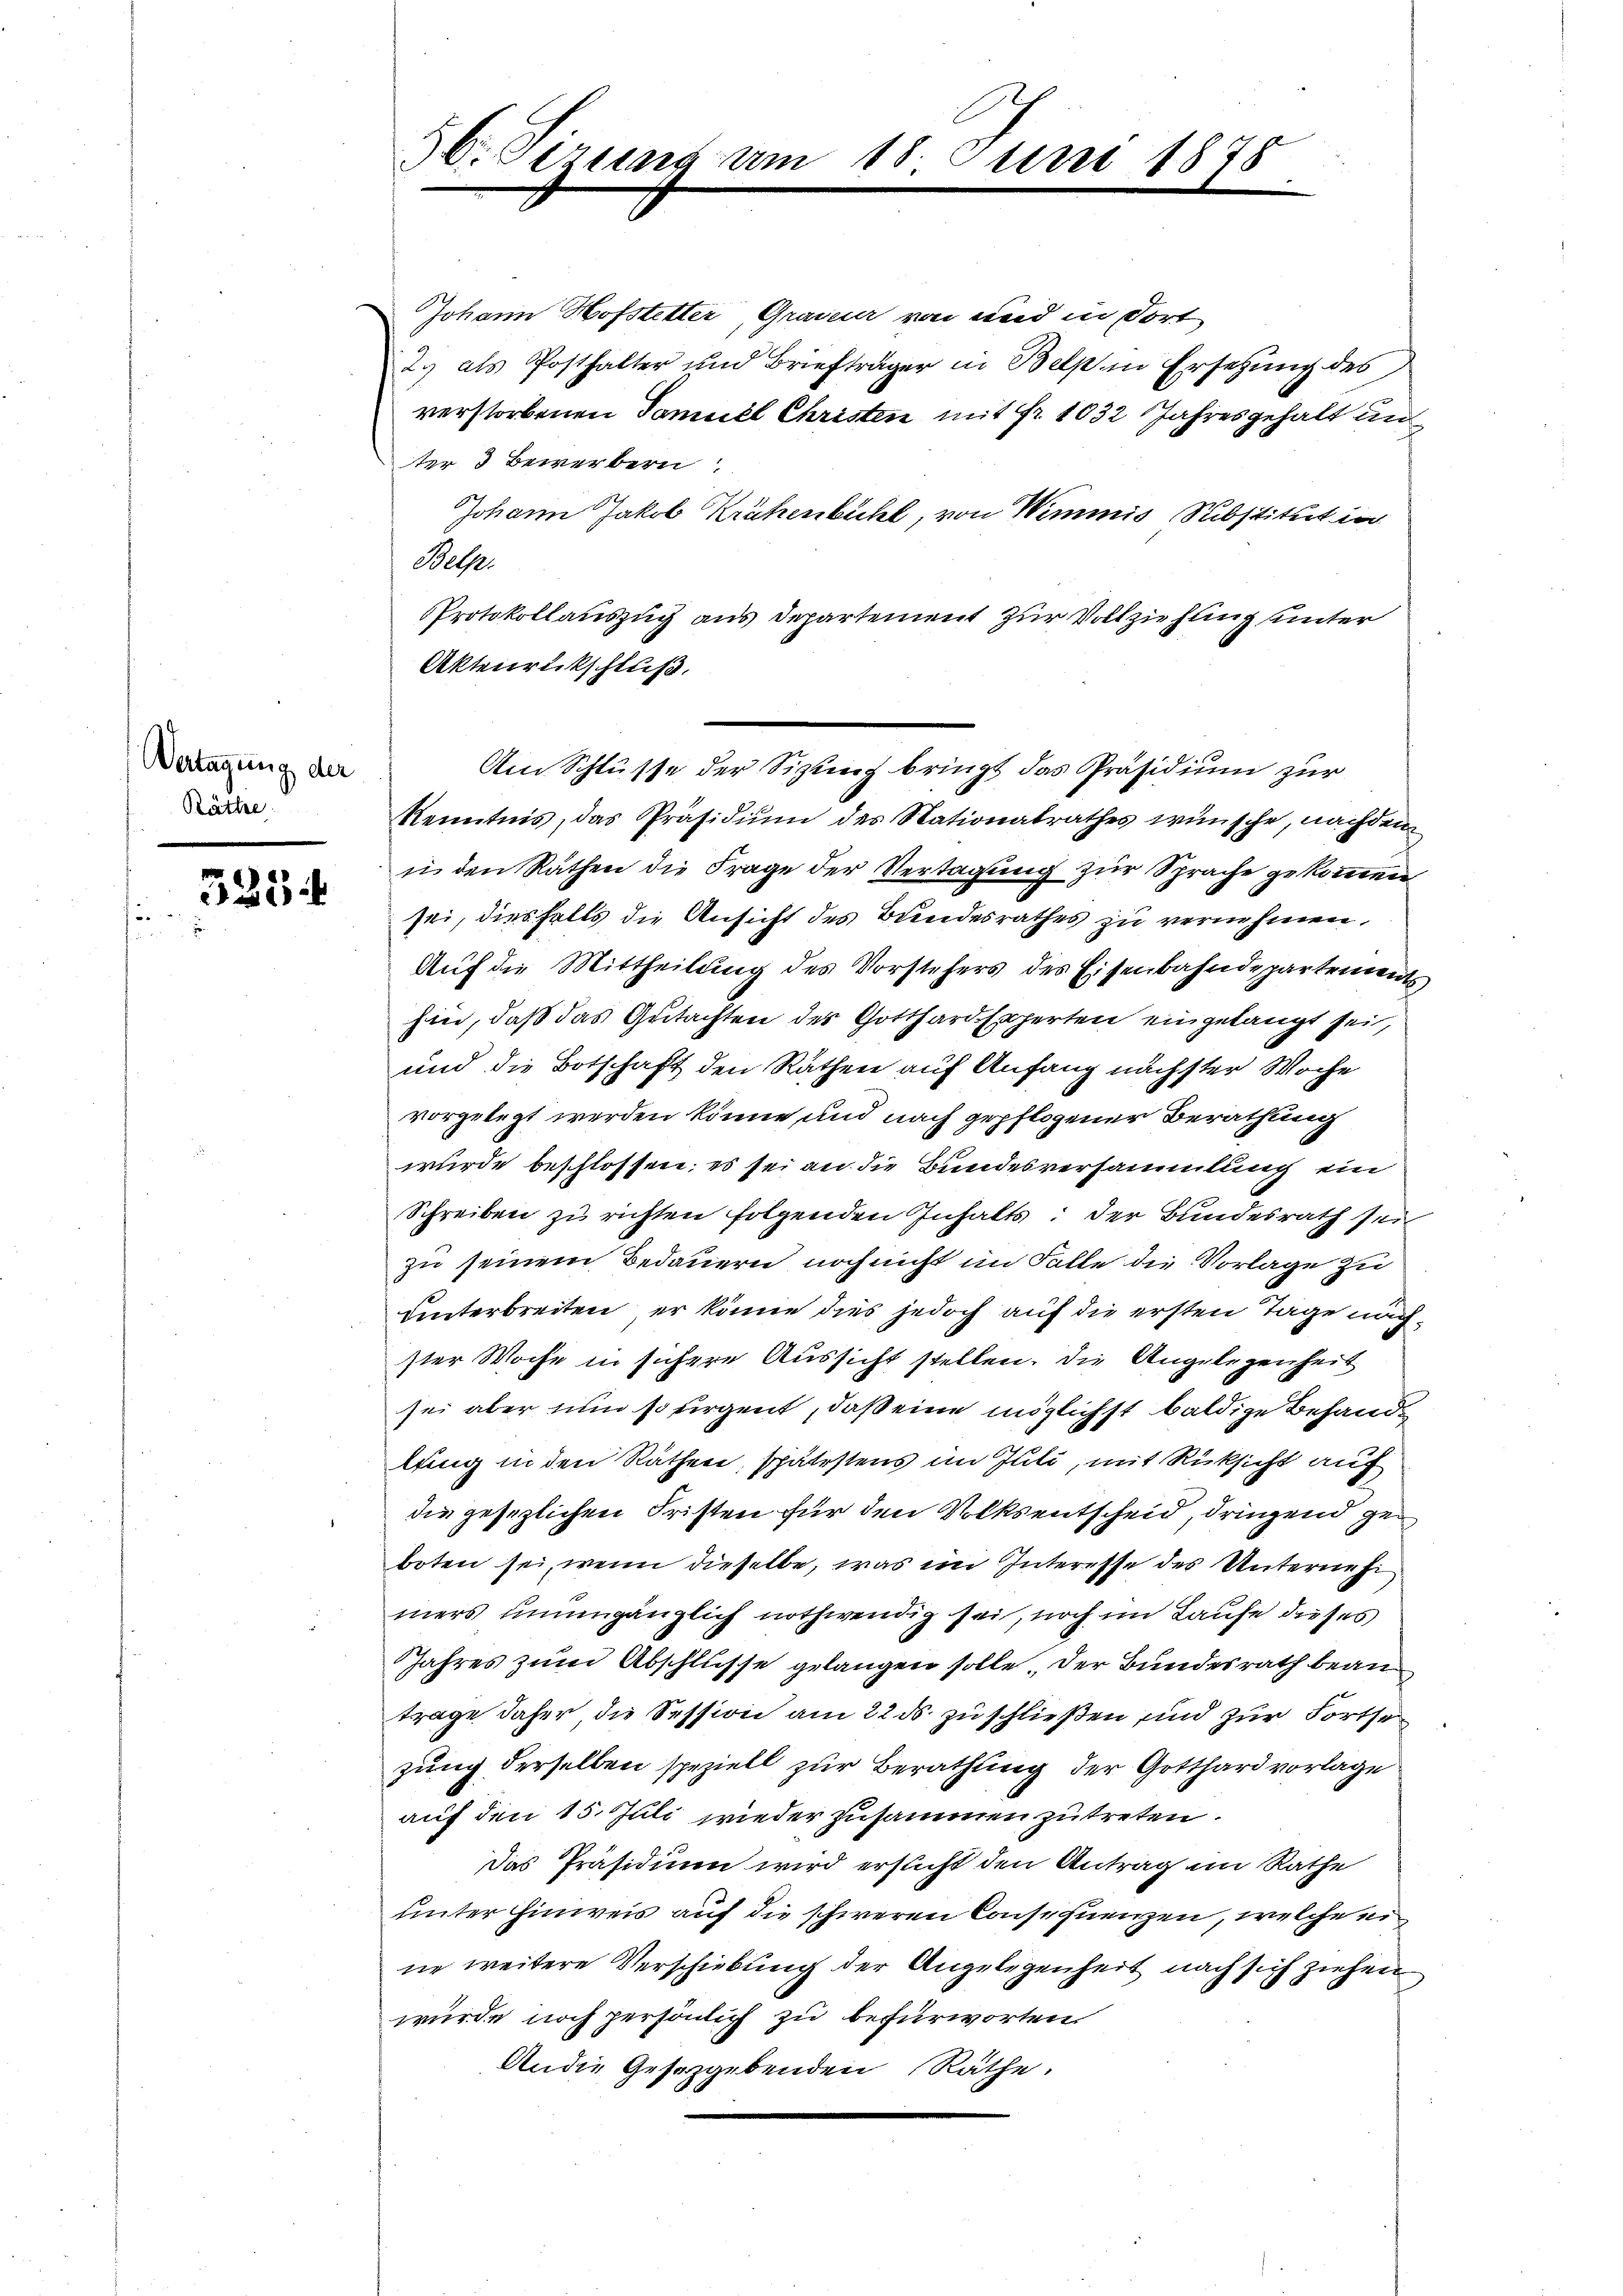
Vertagung der
Räthe:

3234

56. Sizuranz um

18. Juni 1878

Johann Hofstetter, Graveur von und in Fort
2.) als Posthalter und Briefträger in Belp in Ersehung des
verstorbenen Samuel Christen mit Nr. 1032 Jahresgehalt un
ter 3 Bewerbern
Johann Jakob Krähenbühl, von Wimmis Substitut in
Belp.
PProtokollauszug aus Departement zur Vollziehung unter
Aktenrückschluß.
Kenntnis, das Präsidium des Nationalrathes wünsche, nachdem
in den Räthen die Frage der Vertagung zur Sprache gekommen
sei, diesfalls die Ansicht des Bundesrathes zu vernehmen.
Auf die Mittheilung des Vorstehers des Eisenbahndepartements,
hin, daß das Gutachten der Gotthard Experten eingelangt sei,
und die Botschaft den Räthen auf Anfang nächster Woche
vorgelegt werden könne und nach gepflogener Berathung
wurde beschlossen; es sei an die Bundesversammlung ein
Schreiben zu richten folgenden Inhalts: der Bundesrath sein
zu seinem Bedauern noch nicht im Falle die Vorlage zu
Unterbreiten, er könne dies jedoch auf die ersten Tage nächster Woche in sichere Aussicht stellen. Die Angelegenheit
sei aber nun so firgent, daß eine möglichst baldige Behandlung in den Räthen, spätestens im Juli, mit Rücksicht auf
die gesezlichen Fristen für den Volksentscheid, dringend geboten sei, wenn dieselbe, was im Interesse des Unterneh
mers unumgänglich nothwendig sei, noch im Laufe dieses
Jahres zum Abschlusse gelangen solle. Der Bundesrath beantrage daher, die Session am 22. ds. zu schließen und zur Fortse
zung derselben speziell zur Berathung der Gotthard vorlage
auf den 15. Juli wieder zusammen zu treten.
Das Präsidium wird ersucht den Antrag im Rathe
unter Hinweis auf die schweren Consequenzen, welche eine weitere Verschiebung der Angelegenheit nach sich ziehen
wurde noch persönlich zu befürworten.
Andie Gesetzgebenden Räthe.

Am Schlüsse der Sitzung bringt das Präsidium zur